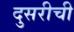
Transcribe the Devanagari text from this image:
दुसरीची